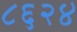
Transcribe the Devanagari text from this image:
८६२४